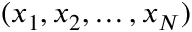
( x _ { 1 } , x _ { 2 } , \dots , x _ { N } )